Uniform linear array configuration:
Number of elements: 16
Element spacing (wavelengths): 1
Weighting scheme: binomial
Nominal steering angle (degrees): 30
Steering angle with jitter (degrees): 31.022
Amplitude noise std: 0.05
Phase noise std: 0.05

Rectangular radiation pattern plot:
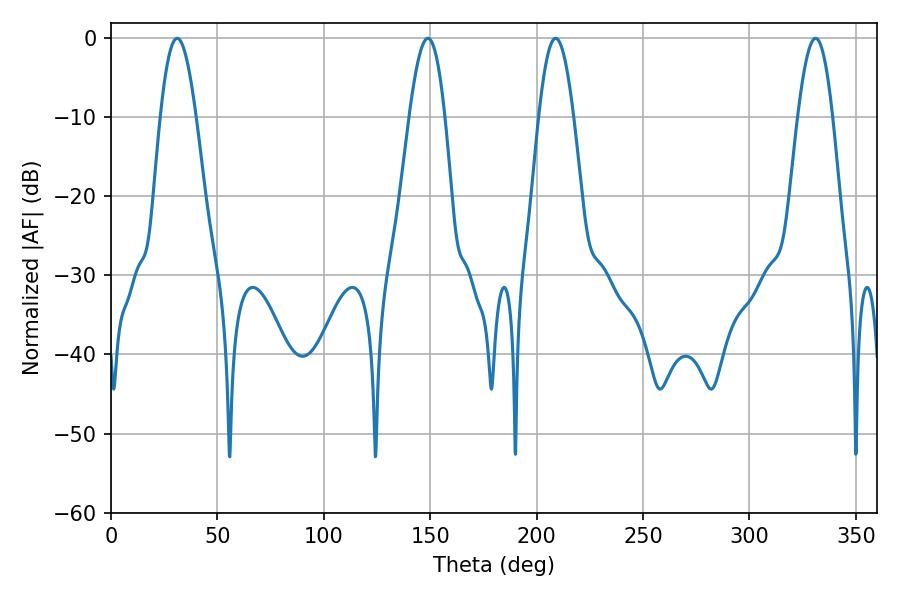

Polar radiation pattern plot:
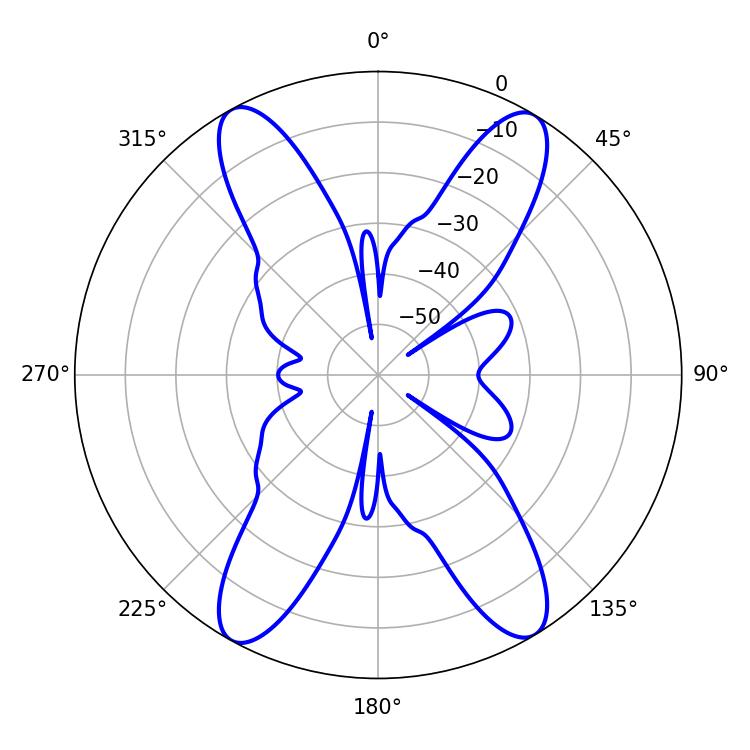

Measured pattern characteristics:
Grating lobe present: TRUE
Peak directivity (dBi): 20.981
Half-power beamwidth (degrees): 9.18
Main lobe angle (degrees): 31.14